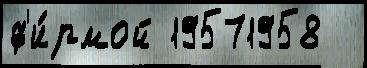
ф'и́рмой 19571958